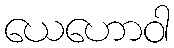
ယေဟောဝါ